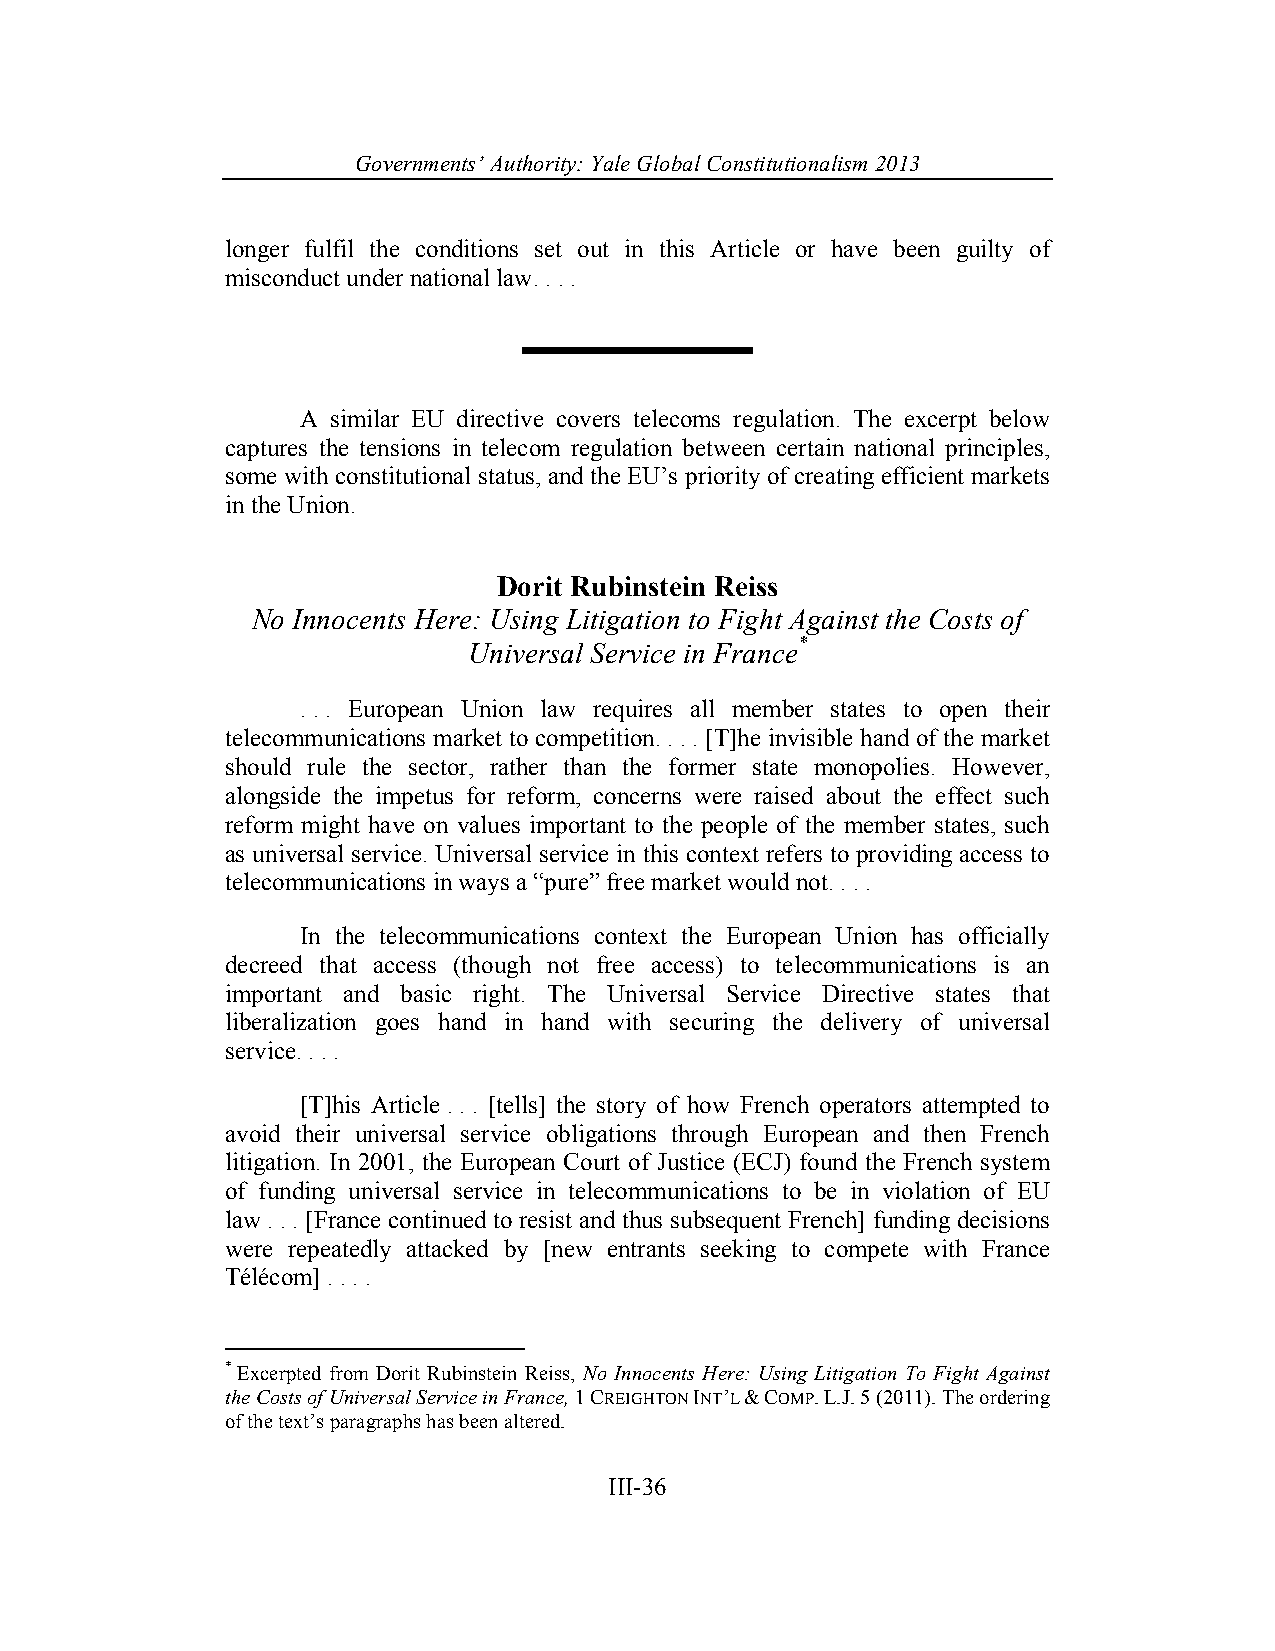
Governments’ Authority: Yale Global Constitutionalism 2013
 longer fulfil the conditions set out in this Article or have been guilty of
 misconduct under national law. . . .
 A similar EU directive covers telecoms regulation. The excerpt below
 captures the tensions in telecom regulation between certain national principles,
 some with constitutional status, and the EU’s priority of creating efficient markets
 in the Union.
 Dorit Rubinstein Reiss
 No Innocents Here: Using Litigation to Fight Against the Costs of
 Universal Service in France*
 . . . European Union law requires all member states to open their
 telecommunications market to competition. . . . [T]he invisible hand of the market
 should rule the sector, rather than the former state monopolies. However,
 alongside the impetus for reform, concerns were raised about the effect such
 reform might have on values important to the people of the member states, such
 as universal service. Universal service in this context refers to providing access to
 telecommunications in ways a “pure” free market would not. . . .
 In the telecommunications context the European Union has officially
 decreed that access (though not free access) to telecommunications is an
 important and basic right. The Universal Service Directive states that
 liberalization goes hand in hand with securing the delivery of universal
 service. . . .
 [T]his Article . . . [tells] the story of how French operators attempted to
 avoid their universal service obligations through European and then French
 litigation. In 2001, the European Court of Justice (ECJ) found the French system
 of funding universal service in telecommunications to be in violation of EU
 law . . . [France continued to resist and thus subsequent French] funding decisions
 were repeatedly attacked by [new entrants seeking to compete with France
 Télécom] . . . .
 * Excerpted from Dorit Rubinstein Reiss, No Innocents Here: Using Litigation To Fight Against
 the Costs of Universal Service in France, 1 CREIGHTON INT’L & COMP. L.J. 5 (2011). The ordering
 of the text’s paragraphs has been altered.
 III-36